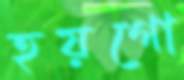
হয়গো